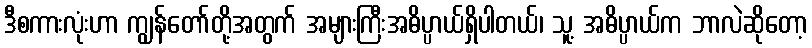
ဒီစကားလုံးဟာ ကျွန်တော်တို့အတွက် အများကြီးအဓိပ္ပာယ်ရှိပါတယ်၊ သူ့ အဓိပ္ပာယ်က ဘာလဲဆိုတော့